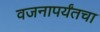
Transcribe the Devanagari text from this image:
वजनापर्यंतचा